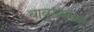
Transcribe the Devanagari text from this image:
बाबूरांवांच्या